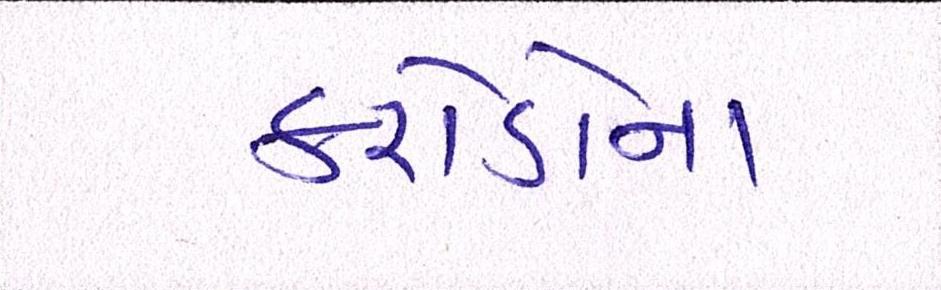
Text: કરોડોના